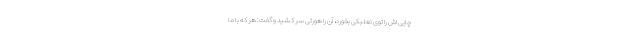
چایی اش را توی نعلبکی بخورد، آن را هورتی سر کشید و گفت: هر که با ما